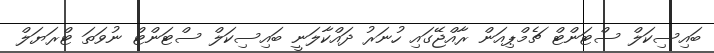
ބައިސިކަލް ސްޓަންޓް ޗެމްޕިއަން ރާއްޖޭގައި ހުނަރު ދައްކާލަނީ ބައިސިކަލް ސްޓަންޓް ނުވަތަ ޓްރަޔަލް